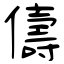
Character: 儔